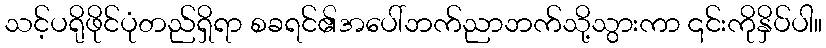
သင့်ပရိုဖိုင်ပုံတည်ရှိရာ စခရင်၏အပေါ်ဘက်ညာဘက်သို့သွားကာ ၎င်းကိုနှိပ်ပါ။